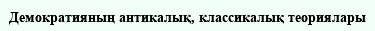
Демократияның антикалық, классикалық теориялары